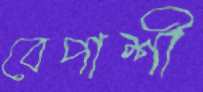
বেপাশী